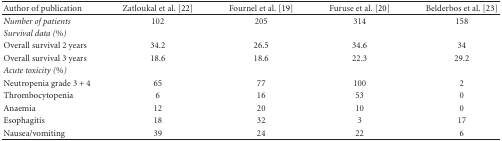
<table><thead><tr><td><b>Author of publication</b></td><td><b>Zatloukal et al. [22]</b></td><td><b>Fournel et al. [19]</b></td><td><b>Furuse et al. [20]</b></td><td><b>Belderbos et al. [23]</b></td></tr></thead><tbody><tr><td><i>Number of patients</i></td><td>102</td><td>205</td><td>314</td><td>158</td></tr><tr><td><i>Survival data (%)</i></td><td></td><td></td><td></td><td></td></tr><tr><td>Overall survival 2 years</td><td>34.2</td><td>26.5</td><td>34.6</td><td>34</td></tr><tr><td>Overall survival 3 years</td><td>18.6</td><td>18.6</td><td>22.3</td><td>29.2</td></tr><tr><td><i>Acute toxicity (%)</i></td><td></td><td></td><td></td><td></td></tr><tr><td>Neutropenia grade 3 + 4</td><td>65</td><td>77</td><td>100</td><td>2</td></tr><tr><td>Thrombocytopenia</td><td>6</td><td>16</td><td>53</td><td>0</td></tr><tr><td>Anaemia</td><td>12</td><td>20</td><td>10</td><td>0</td></tr><tr><td>Esophagitis</td><td>18</td><td>32</td><td>3</td><td>17</td></tr><tr><td>Nausea/vomiting</td><td>39</td><td>24</td><td>22</td><td>6</td></tr></tbody></table>